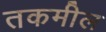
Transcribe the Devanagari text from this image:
तकमील